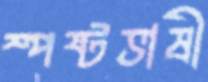
স্পষ্টভাষী